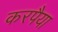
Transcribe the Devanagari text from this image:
करपैया